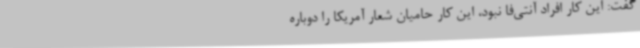
گفت: این کار افراد آنتی‌فا نبود، این کار حامیان شعار آمریکا را دوباره